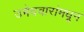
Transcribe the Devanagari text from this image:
उमेदवारांमधून